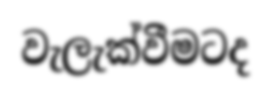
වැලැක්වීමටද